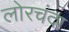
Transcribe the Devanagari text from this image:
लोरचंदा